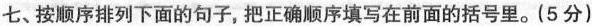
七、按顺序排列下面的句子，把正确顺序填写在前面的括号里。(5分)